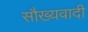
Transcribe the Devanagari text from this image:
सौख्यवादी